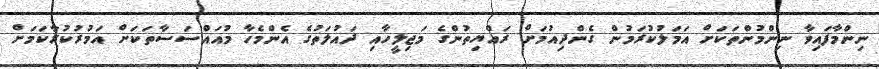
ނިންމާފައިވާ ނިންމުންތަކަށް އަމަލުކުރަމުން ގެންދިއުމަށް ރައްޔިތުންގެ މަޖިލީހާއި ދައުލަތުގެ އެންމެހާ މުއައްސަސާތަކަށް އަމުރުކުރާކަމަށް